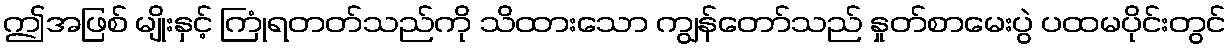
ဤအဖြစ် မျိုးနှင့် ကြုံရတတ်သည်ကို သိထားသော ကျွန်တော်သည် နှုတ်စာမေးပွဲ ပထမပိုင်းတွင်